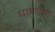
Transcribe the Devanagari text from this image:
धारणेशी